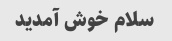
سلام خوش آمدید